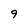
Character: 9